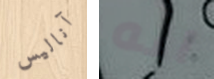
آناليس اله